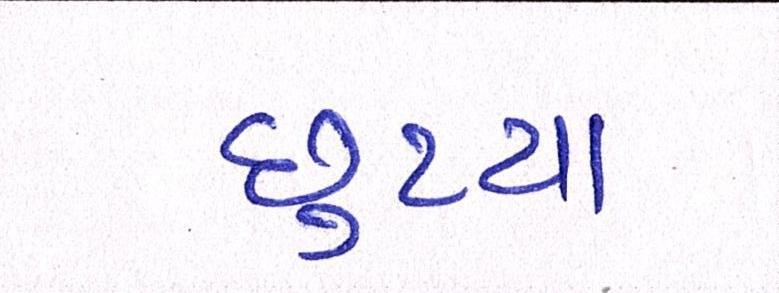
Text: છુટયા